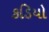
કડિયો